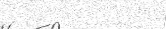
٢٨